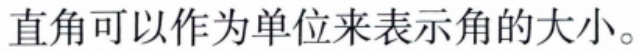
直角可以作为单位来表示角的大小。